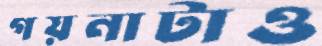
গয়নাটাও